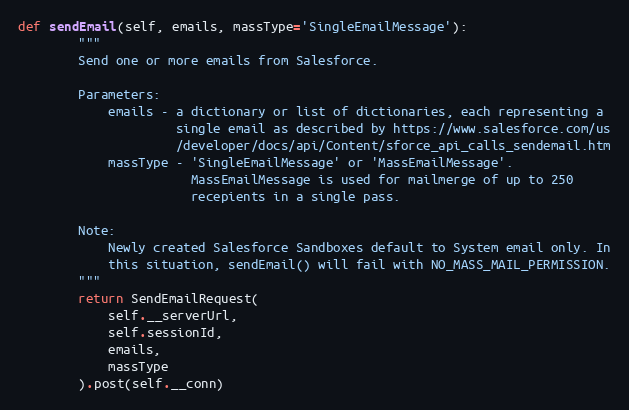
Language: Python
def sendEmail(self, emails, massType='SingleEmailMessage'):
        """
        Send one or more emails from Salesforce.

        Parameters:
            emails - a dictionary or list of dictionaries, each representing a
                     single email as described by https://www.salesforce.com/us
                     /developer/docs/api/Content/sforce_api_calls_sendemail.htm
            massType - 'SingleEmailMessage' or 'MassEmailMessage'.
                       MassEmailMessage is used for mailmerge of up to 250
                       recepients in a single pass.

        Note:
            Newly created Salesforce Sandboxes default to System email only. In
            this situation, sendEmail() will fail with NO_MASS_MAIL_PERMISSION.
        """
        return SendEmailRequest(
            self.__serverUrl,
            self.sessionId,
            emails,
            massType
        ).post(self.__conn)